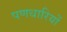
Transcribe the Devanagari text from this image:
पणधारियों